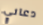
دعاني